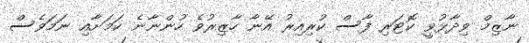
ނާޒިމް ވިދާޅުވީ ކޮޓަރި ފާސް ކުރިއިރު އޭނާ ހާޒިރުވެ ހުންނާނެ ކަމަށާއި ނަމަވެސް